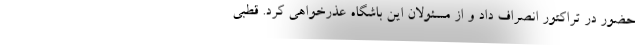
حضور در تراکتور انصراف داد و از مسئولان این باشگاه عذرخواهی کرد. قطبی